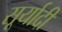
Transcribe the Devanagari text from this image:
सूर्यादी